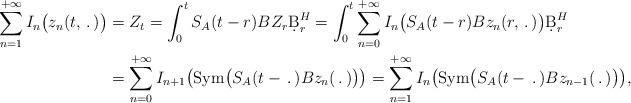
LaTeX: \begin{align*}\sum_{n=1}^{+\infty} I_n\big(z_n(t,\,.\,)\big)&=Z_t=\int_0^t S_A(t-r)BZ_r\d B^H_r=\int_0^t\sum_{n=0}^{+\infty} I_n\big(S_A(t-r)B z_n(r,\,.\,)\big)\d B^H_r\\&=\sum_{n=0}^{+\infty}I_{n+1}\big(\textrm{Sym}\big(S_A(t-\,.\,)B z_n(\,.\,)\big)\big)=\sum_{n=1}^{+\infty}I_n\big(\textrm{Sym}\big(S_A(t-\,.\,)B z_{n-1}(\,.\,)\big)\big),\end{align*}